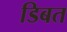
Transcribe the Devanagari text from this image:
डिबत